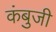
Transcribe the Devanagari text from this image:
कंबुजी